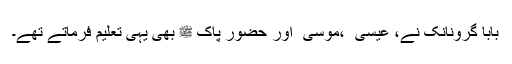
بابا گرونانک نے، عیسیٰ ؑ ،موسیٰ ؑ اور حضور پاک ﷺ بھی یہی تعلیم فرماتے تھے۔